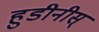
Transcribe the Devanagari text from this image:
हुडीनीस्